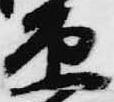
原